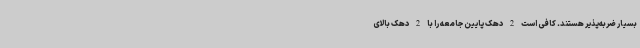
بسیار ضربه‌پذیر هستند. کافی است 2 دهک پایین جامعه را با 2 دهک بالای